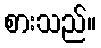
စားသည်။